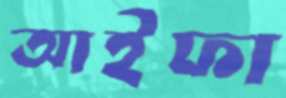
আইফা